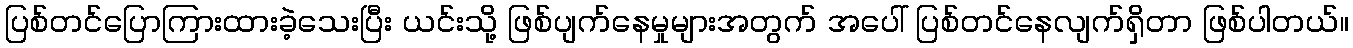
ပြစ်တင်ပြောကြားထားခဲ့သေးပြီး ယင်းသို့ ဖြစ်ပျက်နေမှုများအတွက် အပေါ် ပြစ်တင်နေလျက်ရှိတာ ဖြစ်ပါတယ်။